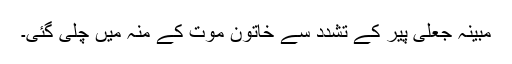
مبینہ جعلی پیر کے تشدد سے خاتون موت کے منہ میں چلی گئی۔